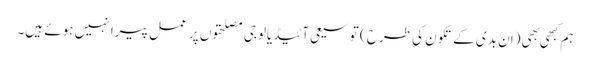
ہم کبهی بهی (ان بدی کے تکون کی طرح ) توسیعی آئیڈیالوجی مصلحتوں پر عمل پیرا نہیں ہوئے ہیں۔